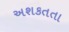
અશકતતા